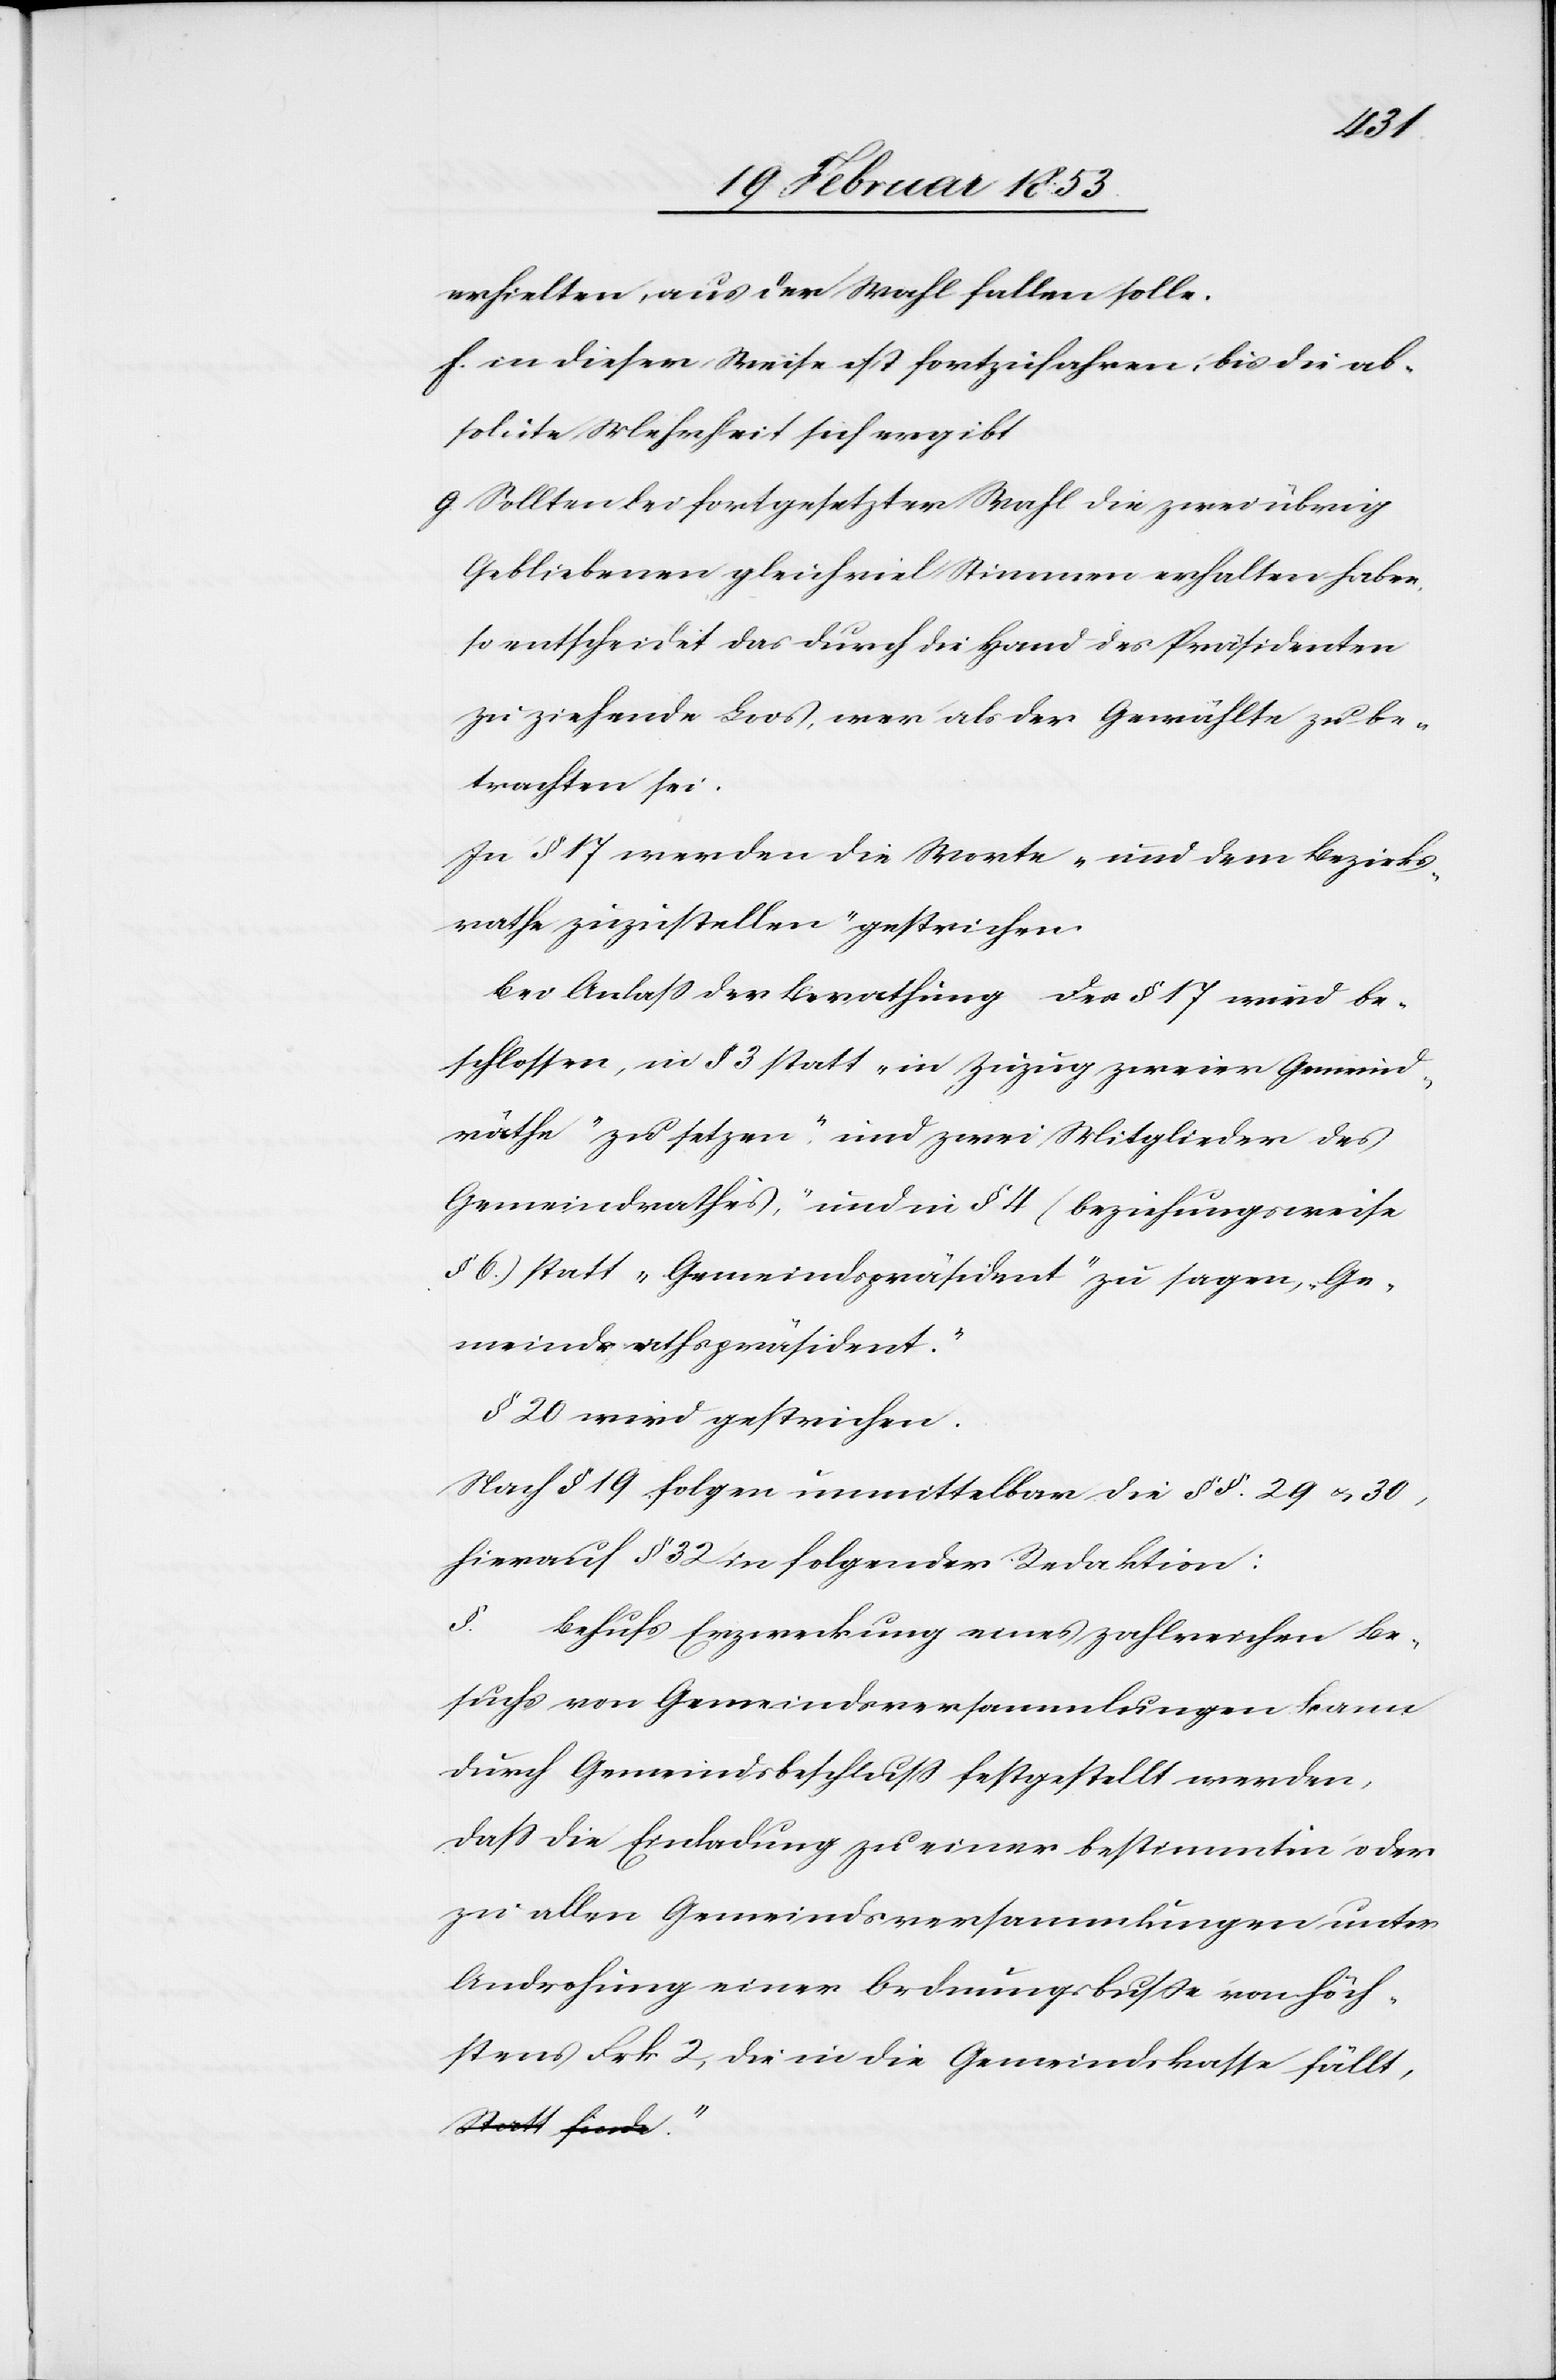
erhielten, aus der Wahl fallen solle.
f. in dieser Weise ist fortzuschreiten, bis die ab¬
solute Mehrheit sich ergiebt.
g. Sollten bei festgesetzter Wahl die zwei übrig
Gebliebenen gleichviel Stimmen erhalten haben,
so entscheidet das durch die Hand des Präsidenten
zu ziehende Loos, wer als der Gewählte zu be¬
trachten sei.
In § 17 werden die Worte „und dem Bezirks¬
rathe zuzustellen“ gestrichen.
Bei Anlaß der Berathung des § 17 wird be¬
schlossen, in § 3 statt „in Zuzug zweier Gemeind¬
räthe“ zu setzen „und zwei Mitglieder des
Gemeindrathes“, und in § 4 (beziehungsweise
§ 6.) statt „Gemeindspräsident“ zu sagen, „Ge¬
meindsrathspräsident.“
§ 20 wird gestrichen.
Nach § 19 folgen unmittelbar die §§. 29 u. 30,
hierauf § 32 in folgender Redaktion:
[„]Behufs Erzweckung eines zahlreichen Be¬
suchs von Gemeindsversammlungen kann
durch Gemeindsbeschluß festgestellt werden,
daß die Einladung zu einer bestimmten oder
zu allen Gemeindsversammlungen unter
Androhung einer Ordnungsbuße von höch¬
stens Frk. 2, die in die Gemeindskasse fällt,